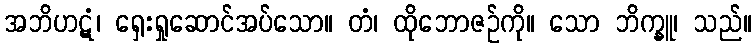
အဘိဟဋံ၊ ရှေးရှုဆောင်အပ်သော။ တံ၊ ထိုဘောဇဉ်ကို။ သော ဘိက္ခူ၊ သည်။